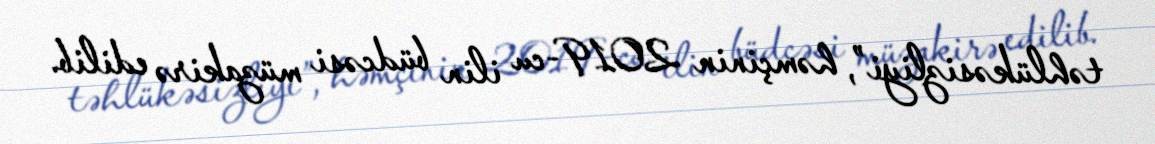
təhlükəsizliyi”, həmçinin 2019-cu ilin büdcəsi müzakirə edilib.